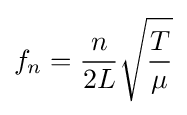
f_{n}={\frac {n}{2L}}{\sqrt {\frac {T}{\mu }}}